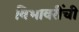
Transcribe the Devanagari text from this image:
विभावरींची